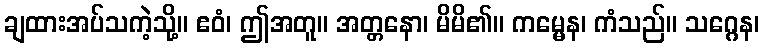
ချထားအပ်သကဲ့သို့။ ဧဝံ၊ ဤအတူ။ အတ္တနော၊ မိမိ၏။ ကမ္မေန၊ ကံသည်။ သဂ္ဂေန၊